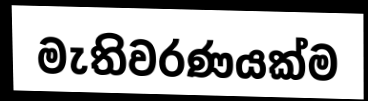
මැතිවරණයක්ම